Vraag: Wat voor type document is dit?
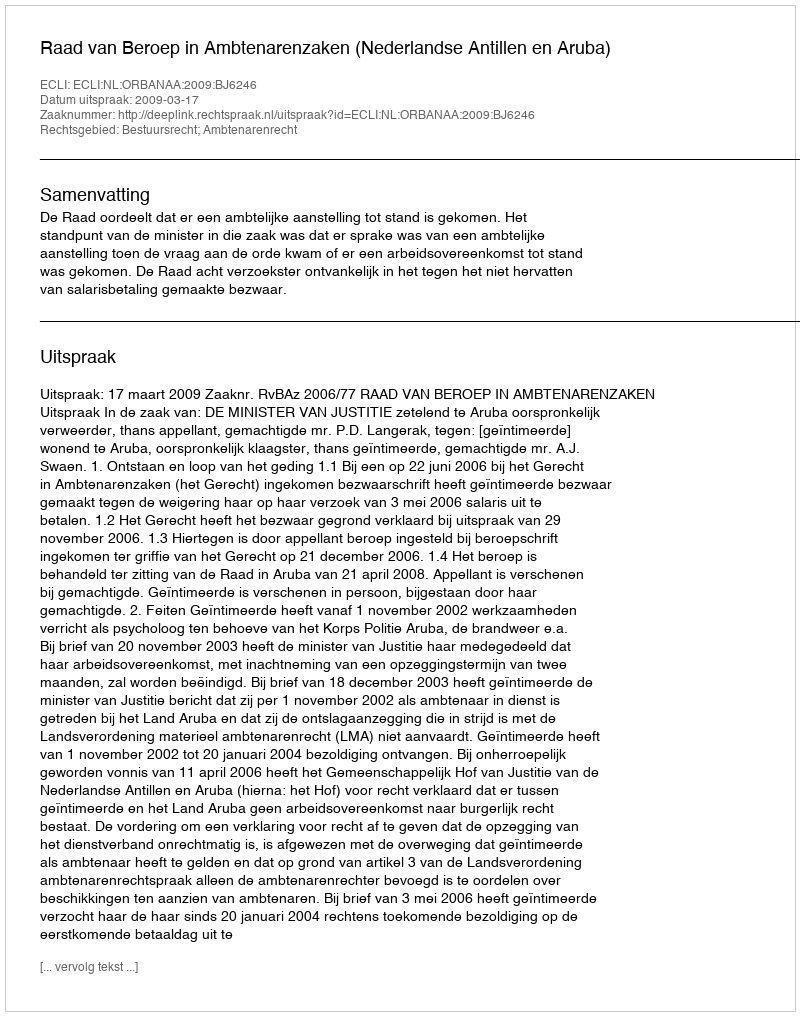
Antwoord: Uitspraak